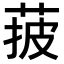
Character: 𦰽